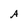
Character: A